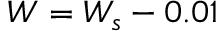
W = W _ { s } - 0 . 0 1